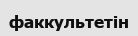
факкультетін